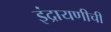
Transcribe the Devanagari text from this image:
इंद्रायणीची